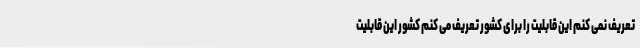
تعریف نمی کنم این قابلیت را برای کشور تعریف می کنم کشور این قابلیت